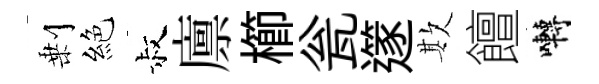
剰絕叔廪櫛瓮𨗹欺饘囀